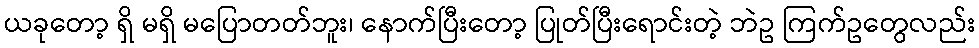
ယခုတော့ ရှိ မရှိ မပြောတတ်ဘူး၊ နောက်ပြီးတော့ ပြုတ်ပြီးရောင်းတဲ့ ဘဲဥ ကြက်ဥတွေလည်း